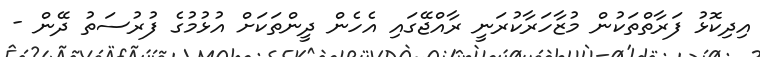
އިދިކޮޅު ފަރާތްތަކުން މުޒާހަރާކުރަނީ ރާއްޖޭގައި އެހެން ދީންތަކަށް އުޅުމުގެ ފުރުސަތު ދޭން -